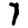
Digit: 1